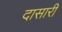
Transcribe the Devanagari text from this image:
दासारी